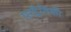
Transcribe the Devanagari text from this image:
परद्वैतिकी